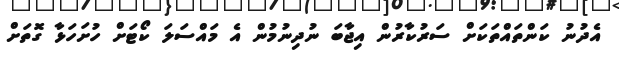
އެދުނު ކަންތައްތަކަށް ސަރުކާރުން އިޖާބަ ނުދިނުމުން އެ މައްސަލަ ކޯޓަށް ހުށަހަޅާ ގޮތަށް